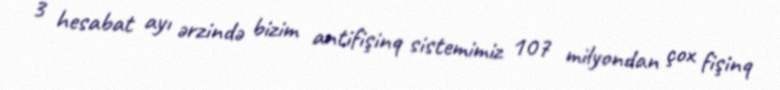
3 hesabat ayı ərzində bizim antifişinq sistemimiz 107 milyondan çox fişinq